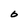
Character: b